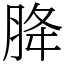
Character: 胮